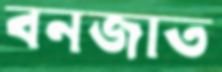
বনজাত